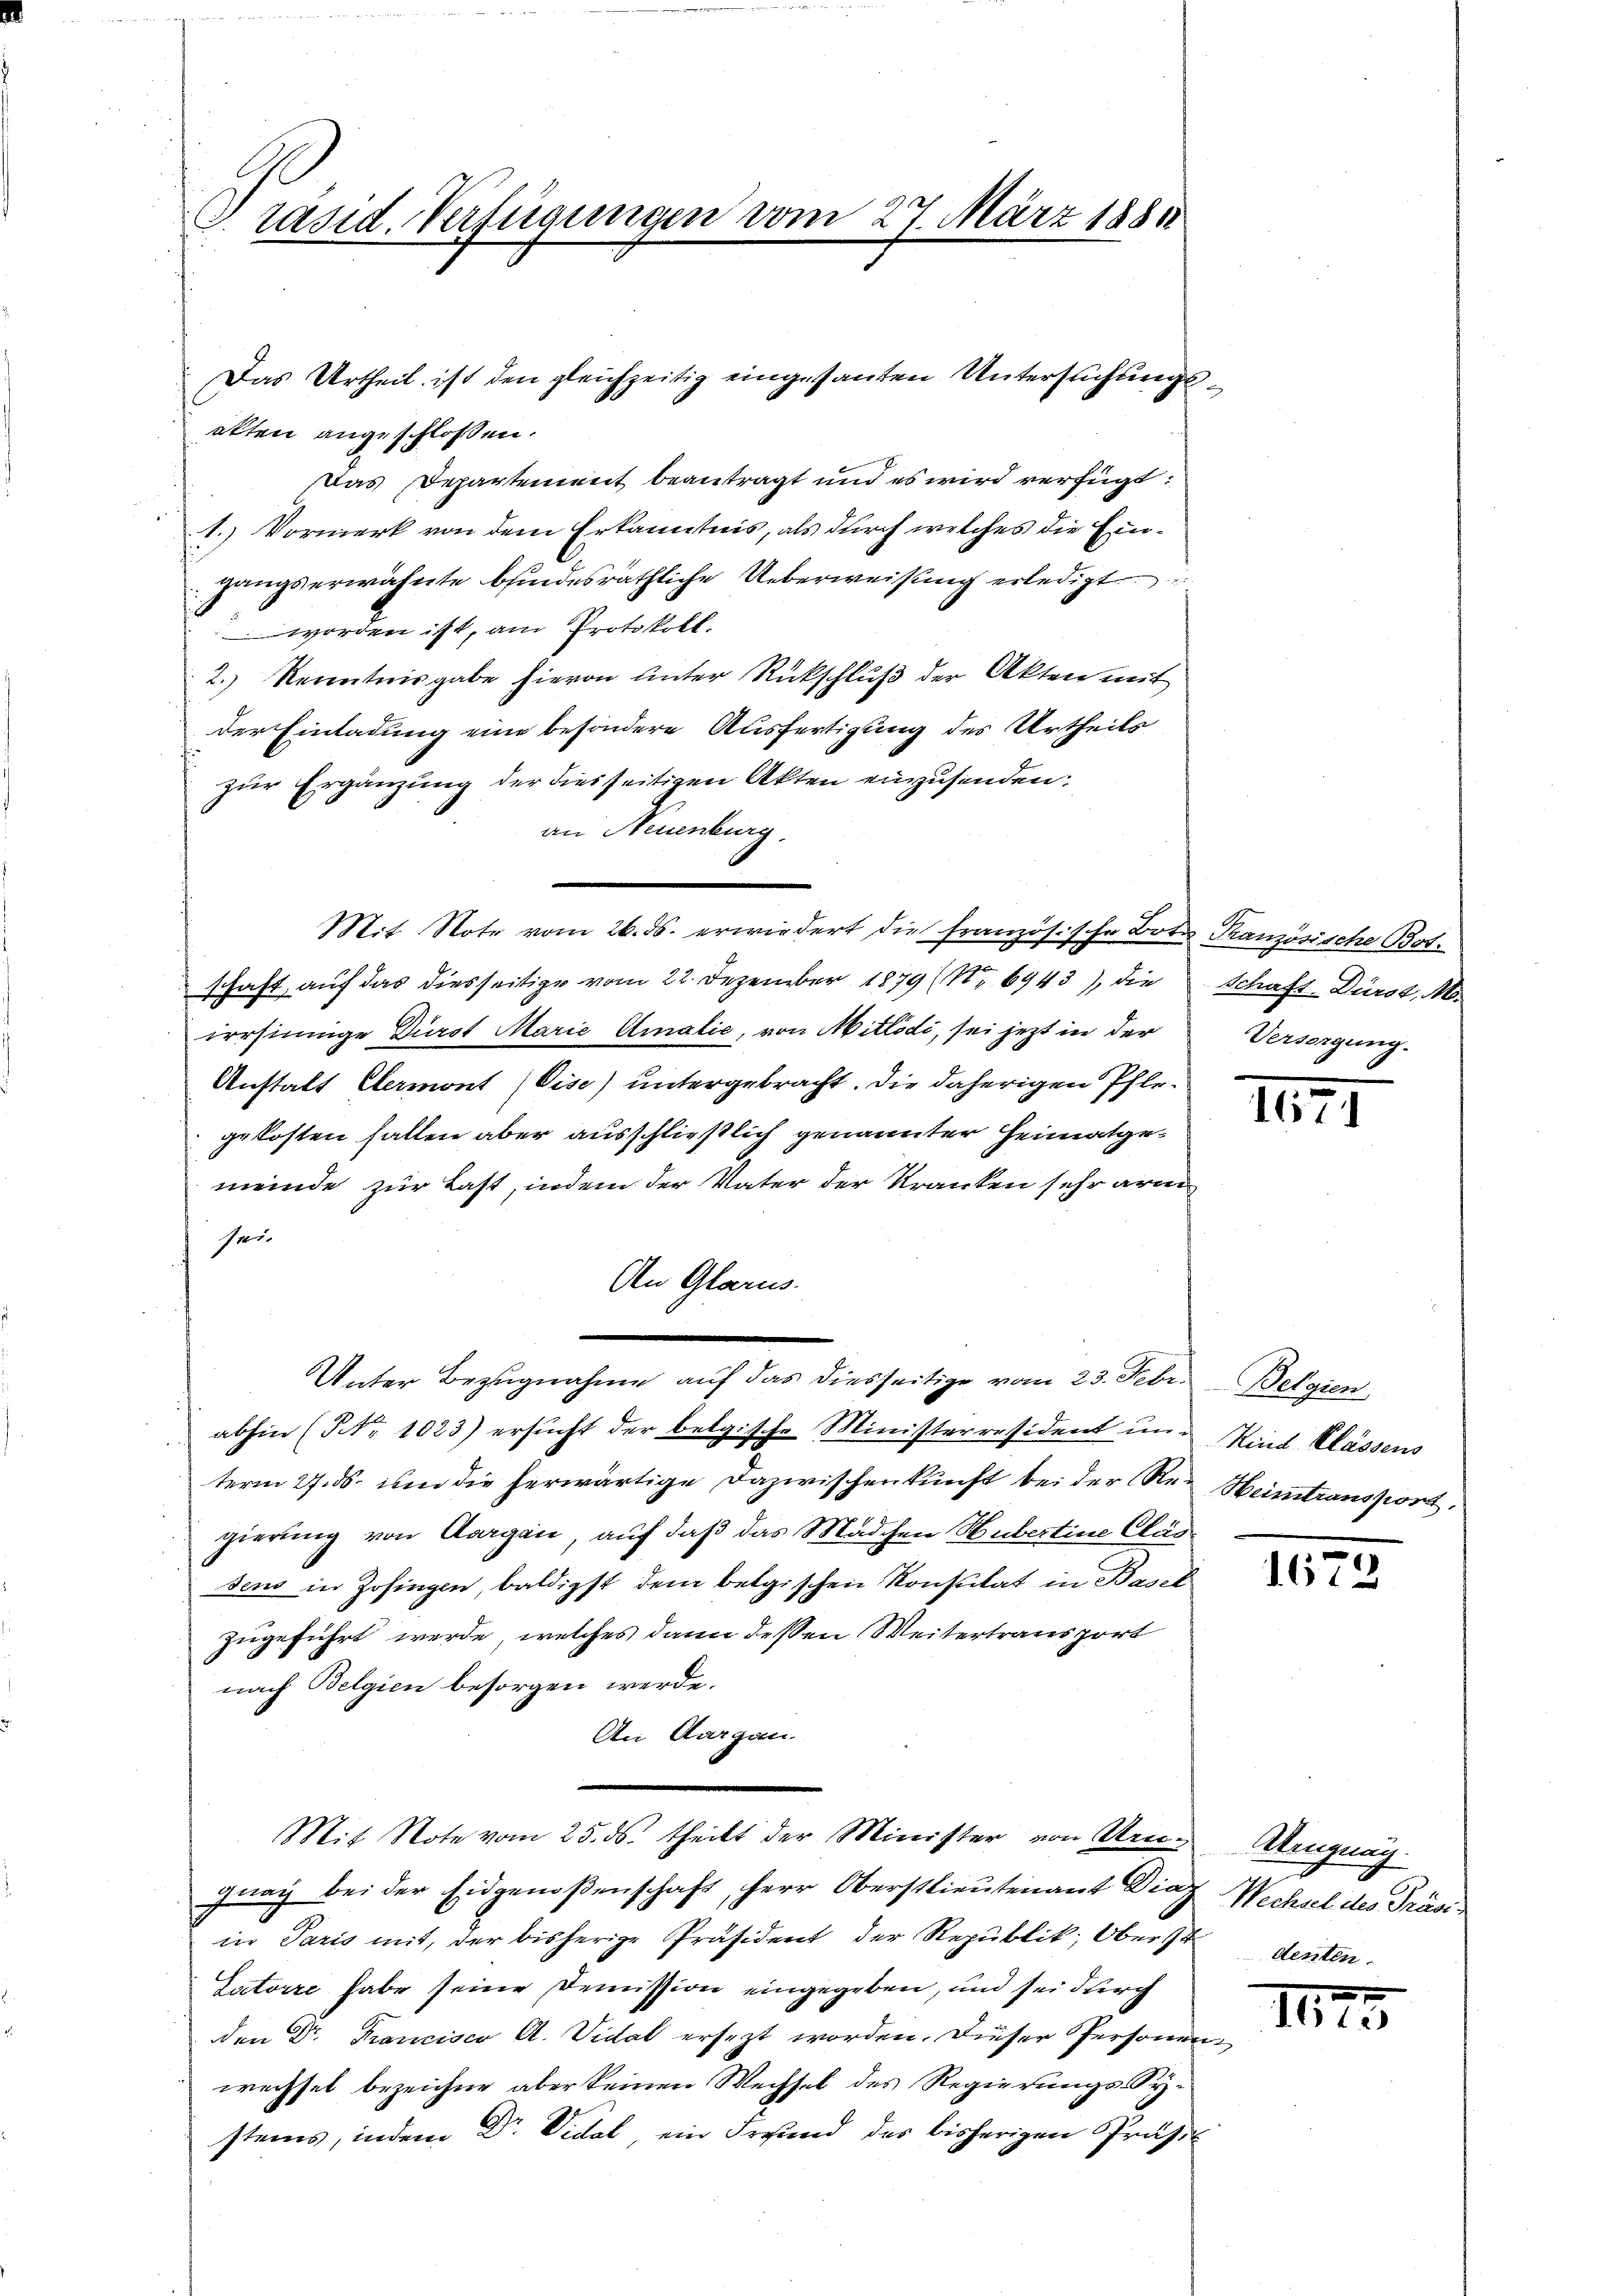
Präsid. Verfügungen vom 27. März 1884

Das Urtheil ist den gleichzeitig eingesanten Untersuchungsakten angeschlossen.
Das Departement beantragt und es wird verfügt:
1. Vormerk von dem Erkanntnis, als durch welches die Eingangserwähnte bindesräthliche Ueberweisung erledigt
worden ist, am Protokoll.
2.) Renntnisgabe hievon unter Rückschluß der Akten mit
der Einladung eine besondere Ausfertigung des Urtheils
zur Ergänzung der diesseitigen Akten einzusenden.
an Neuenburg.
Mit Note vom 26. ds. erwiedert die französische Bote Französische Bot.
schaft, auf das diesseitige vom 22. Dezember 1879 (Nr. 6943), die
irrsinnige Dürst Marie Amalić, von Mitlödi, sei jetzt in der
Anstalt Elermont (Gise) untergebracht. Die daherigen Pflegekosten hatten aber ausschließlich genannter Heimatgemeinde zur Last, indem der Vater der Kranken sehr arm
sei.
An Glarus.
Unter Bezugnahme auf das diesseitige vom 23. Febr.
abhin (Nr. 1023) ersŭcht der belgische Ministerresident un-
term 27. ds. um die herwärtige Dazwischenkunft bei der Re- Heimtransport
gierung von Aargau, auf daß das Mädchen Hubertine Clas
sens in Zofingen, baldigst dem belgischen Konsulat in Basel
zugeführt werde, welches dann deßen Weitertransport
nach Belgien besorgen werde.
An Aargau.
Mit Note vom 25. ds. theilt der Minister von Arn-
gnag bei der Eidgenoßenschaft, Herr Oberstlieutenant Die Wechsel des Präsiin Paris mit, der bisherige Präsident der Republik, Oberst denten.
Tatoire habe seine Demission eingegeben, und sei durch
den Dr. Francisco A. Vidat ersezt worden. Dieser Personen.
wechsel bezeichne aber keinen Wechsel des Regierungs-Systems, indem Dr. Videl, ein Freund des bisherigen Präsi

Schaft-Dürst, M.
Versorgung.

II

Belgien
Kind Klassens

1673

Uengnag

1613